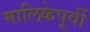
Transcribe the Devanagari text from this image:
मालिकेपूर्वी